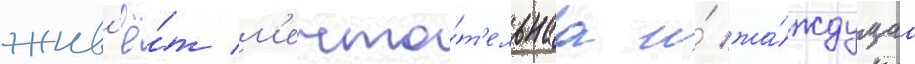
жив'ё́т м'ечта́т'ельнаа и́ жа́ждущаа